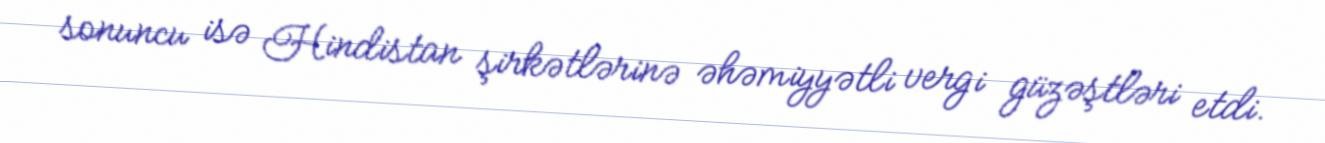
sonuncu isə Hindistan şirkətlərinə əhəmiyyətli vergi güzəştləri etdi.